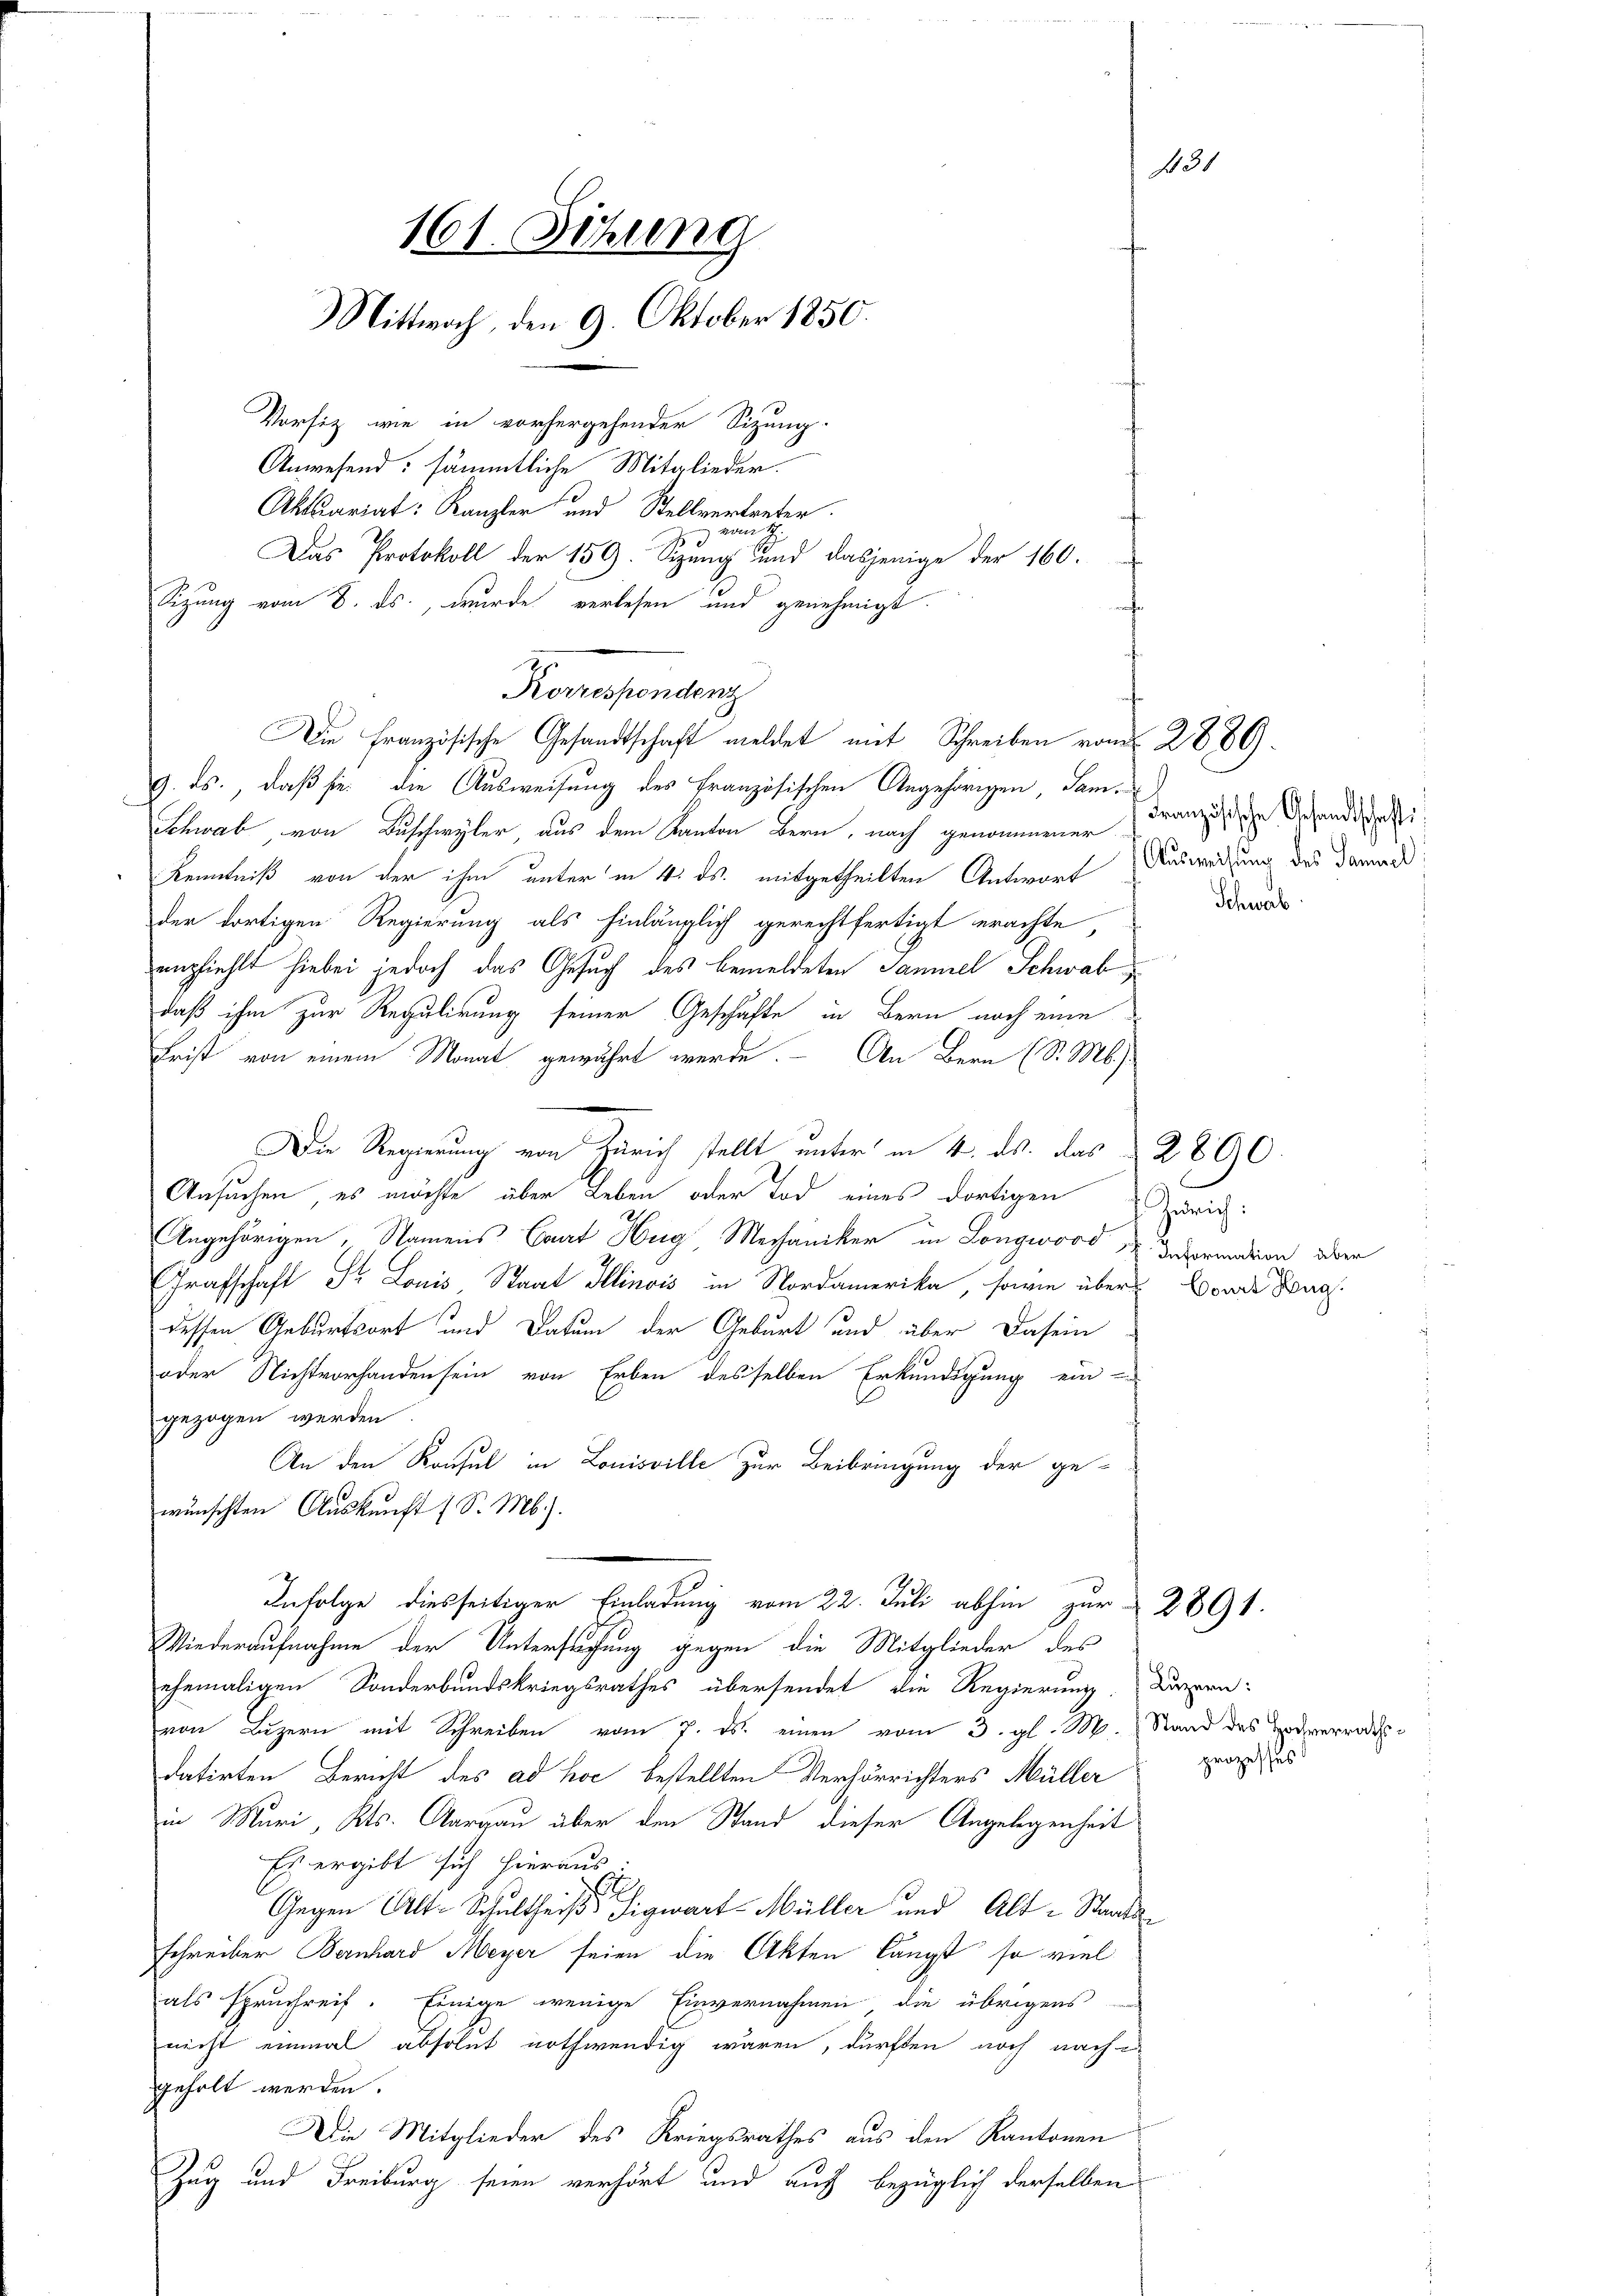
161. Sitzung
Mittwoch, den 9. Oktober 1850.

Vorfiz wie in vorhergehender Sitzung.
Anwesend: sämmtliche Mitglieder.
Aktuariat: Kanzler und Stellvertreter.
u
3
Das Protokoll der 159. Sizung und dasjenige der 160.
Sizung vom 8. ds., wurde verlesen und genehmigt.
Die Französische Gesandtschaft meldet mit Schreiben vom 2880.
9. ds., daß sie die Ausweisung des Französischen Angehörigen, Sam¬
Schwab, von Buschwyler, aus dem Kanton Bern, nach genommener
Kenntniß von der ihm unter in 4. ds. mitgetheilten Antwort Ausweisung des Damen
der dortigen Regierung als hinlänglich gerechtfertigt erachte,
dempfiehlt hiebei jedoch das Gesuch des bemeldeten Samuel Schwab
daß ihm zur Regulirung seiner Geschäfte in Bern noch eine
Frist von einem Monat gewährt werde. — An Bern (S. M.)
Die Regierung von Zürich stellt unter in 4. ds. das § 2890.
Ansuchen, es möchte über Leben oder Tod eines dortigen
Angehörigen, Namens Cant Hug Mechaniker in Longwood 2 Deprendion über
Grafschaft St. Louis Staat Illinois in Nordamerika, sowie über
dessen Geburtsort und Datum der Geburt und über Dasein
oder Nichtvorhanden sein von Erben desselben Erkundigung ein-
gezogen werden
An den Konsul in Louisville zur Beibringung der ge-
wünschten Auskunft (S. Mb.).
Infolge diesseitiger Einladung vom 22. Juli abhin zur 2891.
Wiederaufnahme der Untersuchung gegen die Mitglieder des
ehemaligen Sonderbundskriegsrathes übersendet die Regierung. Davern
von Luzern mit Schreiben vom 7. ds. einen vom 3. gl. M. Stand des Todverrat
datirten Bericht des ad hoc bestellten Verhörrichters Müller
in Muri, Kts. Aargau über den Stand dieser Angelegenheit
Es ergibt sich hieraus.
.
Gegen Alt-Schultheiß Sigwart-Müller und Alt-Staatsschreiber Bernhard Meyer seien die Akten langt, so viel
als spruchreif. Einige wenige Einvernahmen die übrigens
nicht einmal absolut nothwendig wären, dürften noch nach
geholt werden.
Die Mitglieder des Kriegsrathes aus den Kantonen
Zug und Freiburg seien verhört und auf bezüglich derselben

Kronessendenz

131

Französische Gesandtschaft:
Schwab

f Zürich:
Court Hug.

prozessus